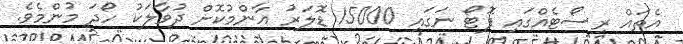
އެތައް ރިސޯޓެއްގައި ފޮޓޯ ނަގައި 15000 ޑޮލަރު އާންމުކޮށް ދުވާލަކު ހޯދަ މުންމެވެ.